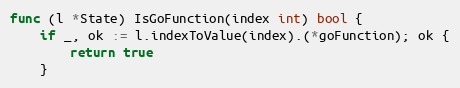
Language: Go
func (l *State) IsGoFunction(index int) bool {
	if _, ok := l.indexToValue(index).(*goFunction); ok {
		return true
	}